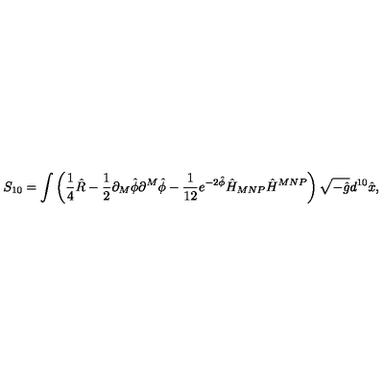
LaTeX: S _ { 1 0 } = \int \left( \frac { 1 } { 4 } \hat { R } - \frac { 1 } { 2 } \partial _ { M } \hat { \phi } \partial ^ { M } \hat { \phi } - \frac { 1 } { 1 2 } e ^ { - 2 \hat { \phi } } \hat { H } _ { M N P } \hat { H } ^ { M N P } \right) \sqrt { - \hat { g } } d ^ { 1 0 } \hat { x } ,